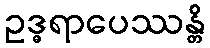
ဥဒ္ဓရာပေဿန္တိ